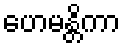
ဟေမန္တိကာ